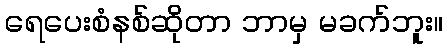
ရေပေးစံနစ်ဆိုတာ ဘာမှ မခက်ဘူး။